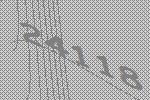
24118